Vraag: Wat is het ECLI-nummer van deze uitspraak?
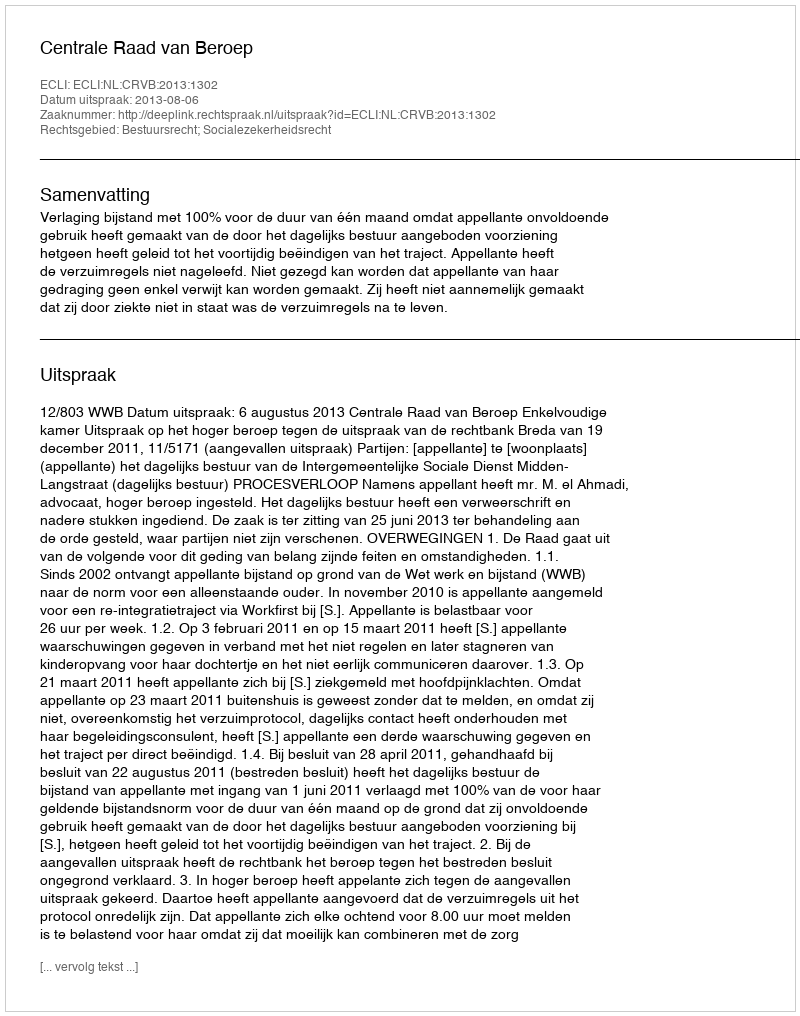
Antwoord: ECLI:NL:CRVB:2013:1302